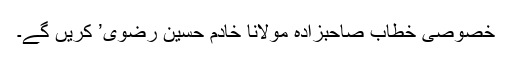
خصوصی خطاب صاحبزادہ مولانا خادم حسین رضوی’ کریں گے۔